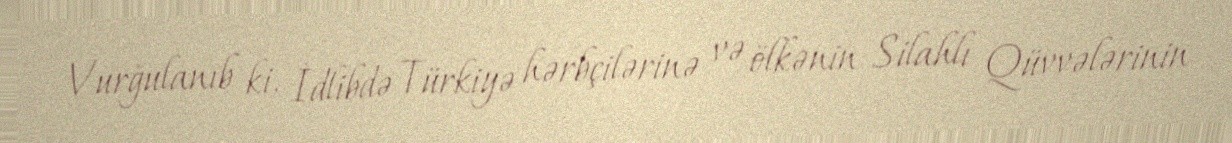
Vurğulanıb ki, İdlibdə Türkiyə hərbçilərinə və ölkənin Silahlı Qüvvələrinin